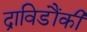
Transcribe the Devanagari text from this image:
द्राविडौंकी